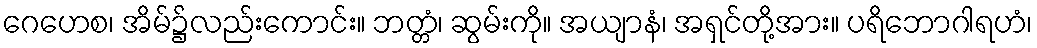
ဂေဟေစ၊ အိမ်၌လည်းကောင်း။ ဘတ္တံ၊ ဆွမ်းကို။ အယျာနံ၊ အရှင်တို့အား။ ပရိဘောဂါရဟံ၊